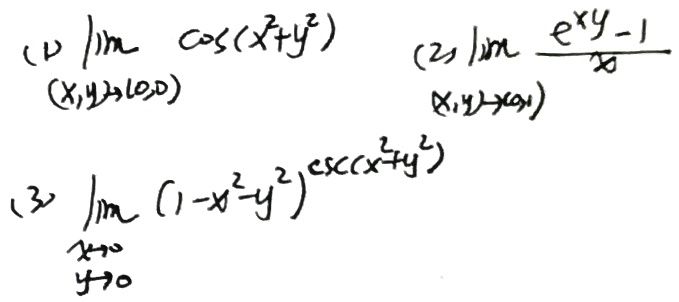
(1) \(\lim_{(x,y)\to(0,0)} \cos(x^{2}+y^{2})\)
(2) \(\lim_{(x,y)\to(0,1)} \frac{e^{xy}-1}{x}\)
(3) \(\lim_{\substack{x\to0 \\ y\to0}} (1 - x^{2}-y^{2})^{\csc(x^{2}+y^{2})}\)